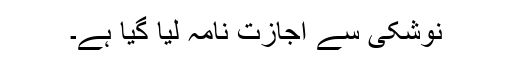
نوشکی سے اجازت نامہ لیا گیا ہے۔